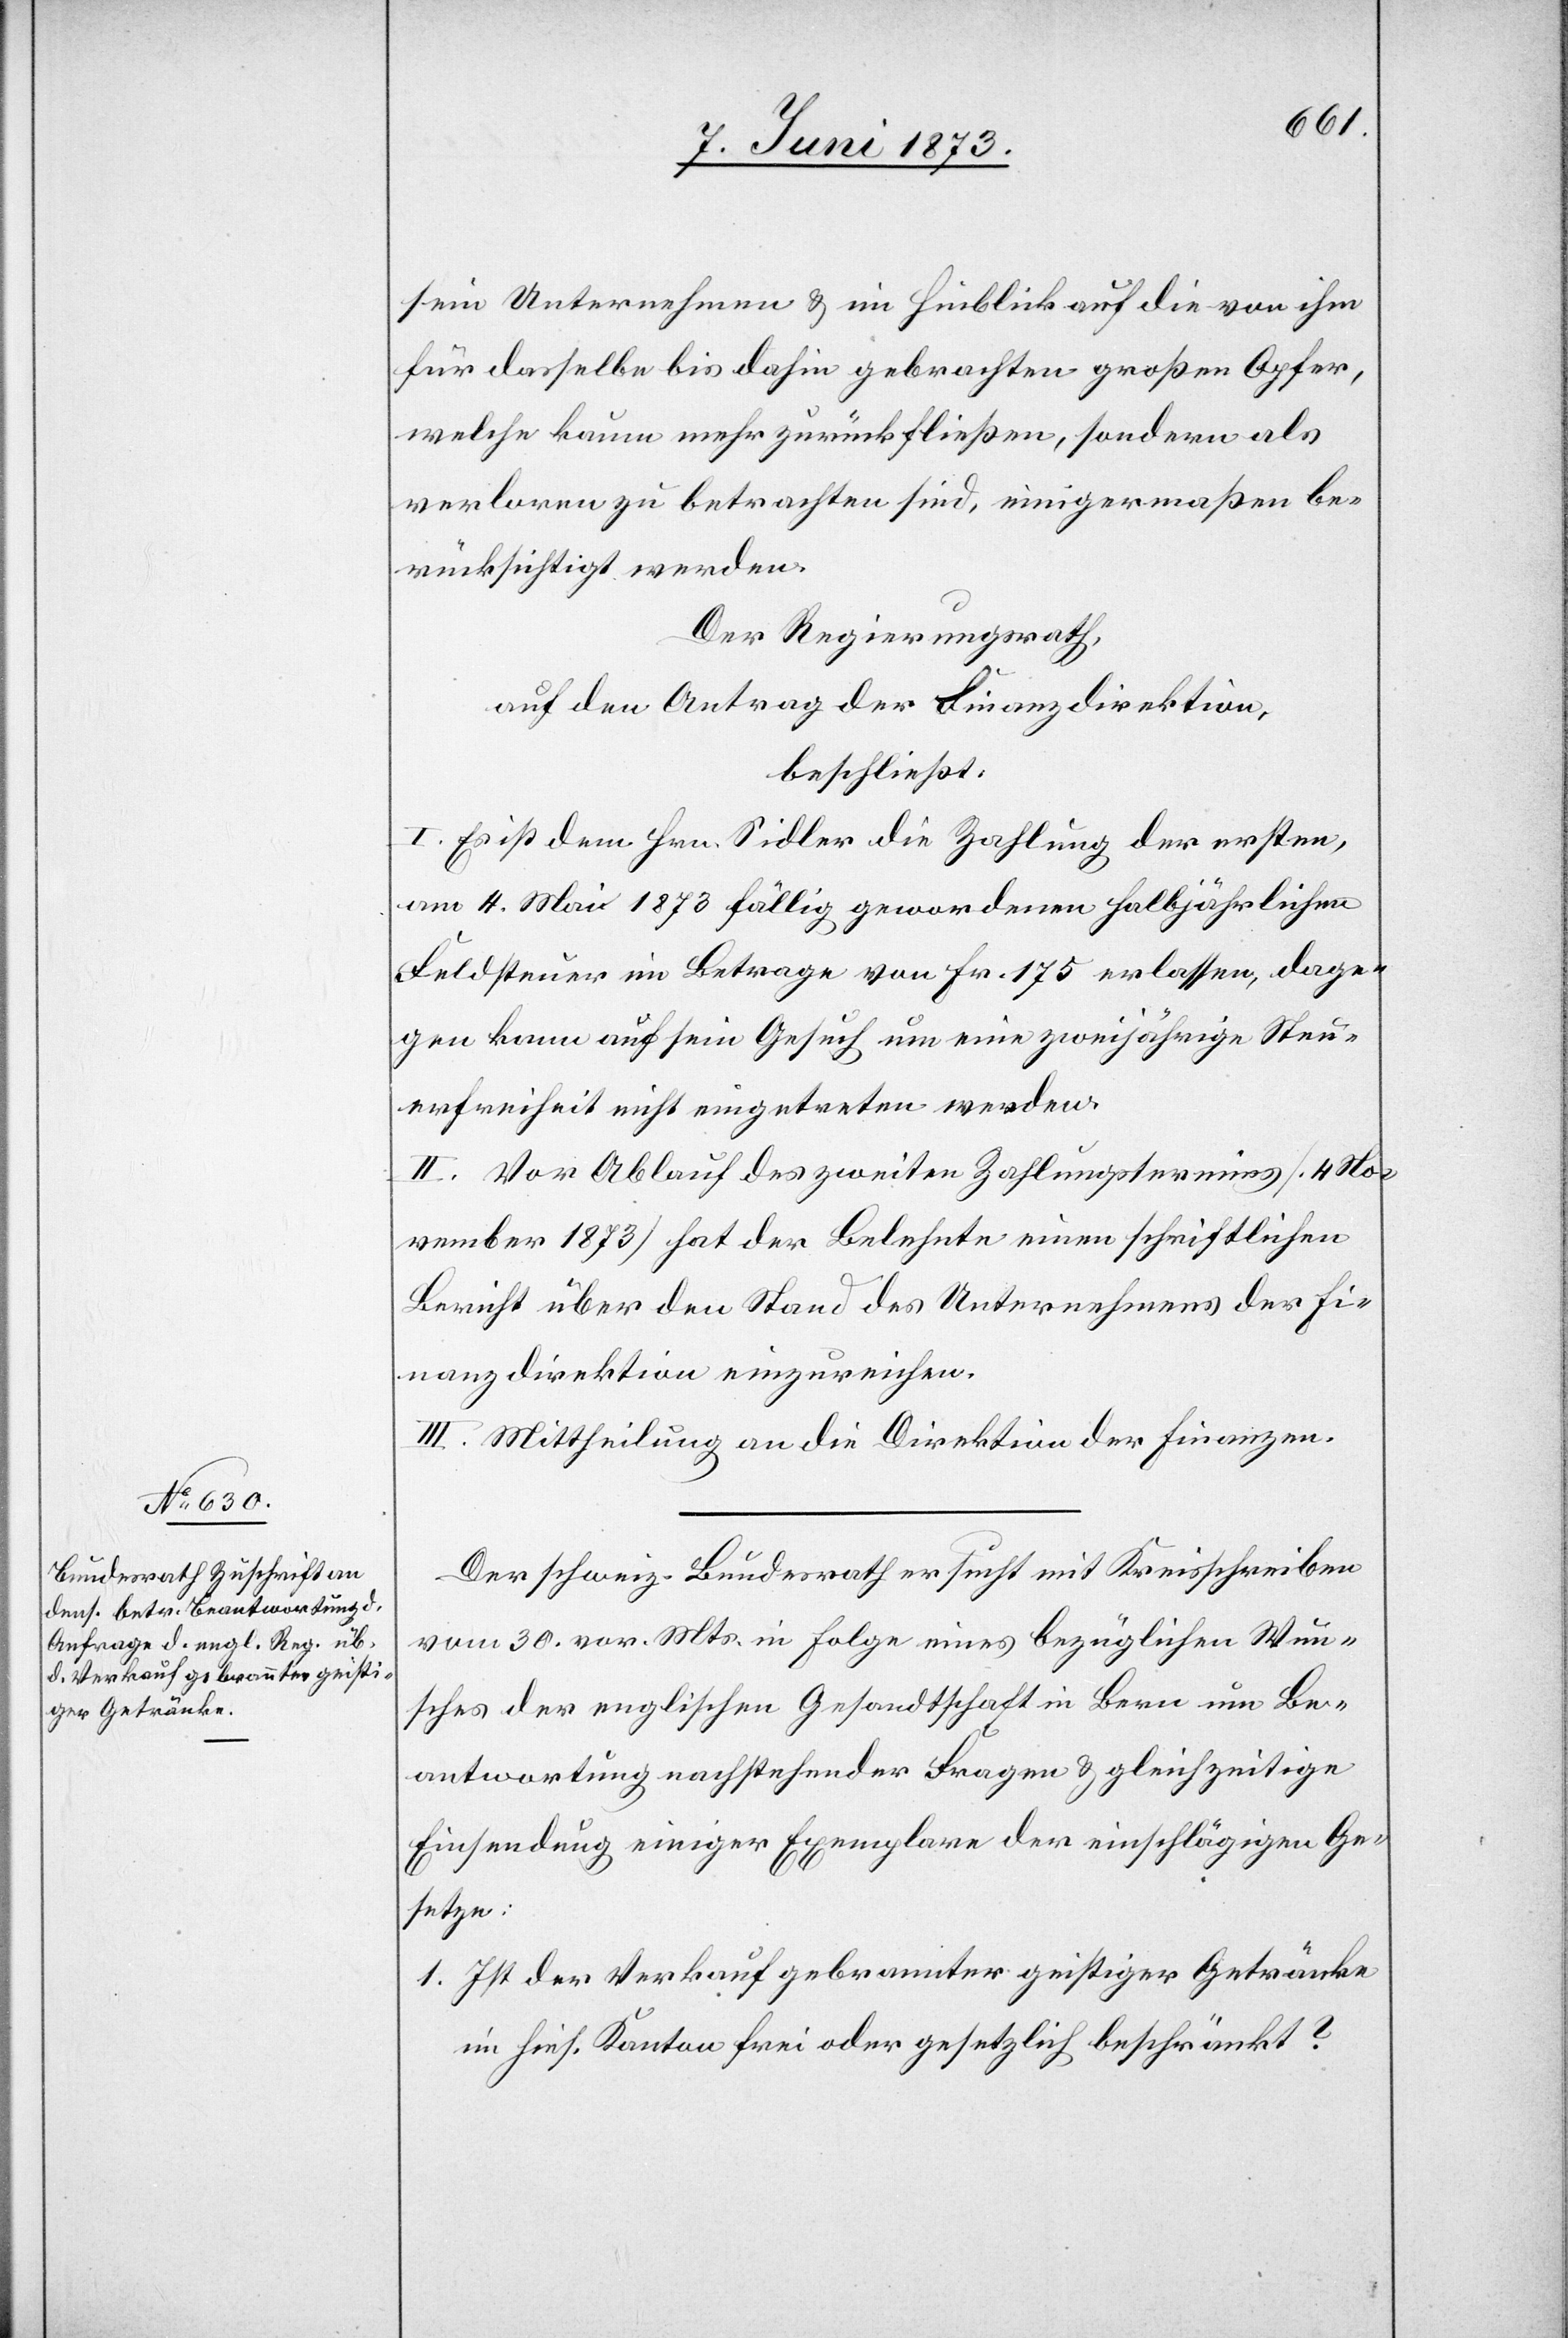
sein Unternehmen & im Hinblick auf die von ihm
für dasselbe bis dahin gebrachten großen Opfer,
welche kaum mehr zurückfließen, sondern als
verloren zu betrachten sind, einigermaßen be¬
rücksichtigt werden.
Der Regierungsrath,
auf den Antrag der Finanzdirektion,
beschließt:
I. Es ist dem Hrn. Sidler die Zahlung der ersten,
am 4. Mai 1873 fällig gewordenen halbjährlichen
Feldsteuer im Betrage von Fr. 175 erlassen, dage¬
gen kann auf sein Gesuch um eine zweijährige Steu¬
erfreiheit nicht eingetreten werden.
II. Vor Ablauf des zweiten Zahlungstermines [4 No¬
vember 1873] hat der Belehnte einen schriftlichen
Bericht über den Stand des Unternehmens der Fi¬
nanzdirektion einzureichen.
III. Mittheilung an die Direktion der Finanzen.
Der schweiz. Bundesrath ersucht mit Kreisschreiben
vom 30. vor. Mts. in Folge eines bezüglichen Wun¬
sches der englischen Gesandtschaft in Bern um Be¬
antwortung nachstehender Fragen & gleichzeitige
Einsendung einiger Exemplare der einschlägigen Ge¬
setze:
1. Ist der Verkauf gebrannter geistiger Getränke
im hies. Kanton frei oder gesetzlich beschränkt?